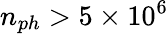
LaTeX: n_{ph}>5\times{10}^{6}